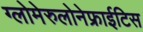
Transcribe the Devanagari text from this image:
ग्लोमेरुलोनेफ्राईटिस